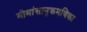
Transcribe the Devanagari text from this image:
मीमांसानुक्रमणिका